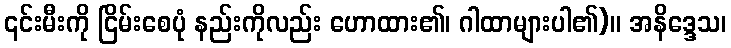
၎င်းမီးကို ငြိမ်းစေပုံ နည်းကိုလည်း ဟောထား၏၊ ဂါထာများပါ၏)။ အနိဒ္ဒေသ၊